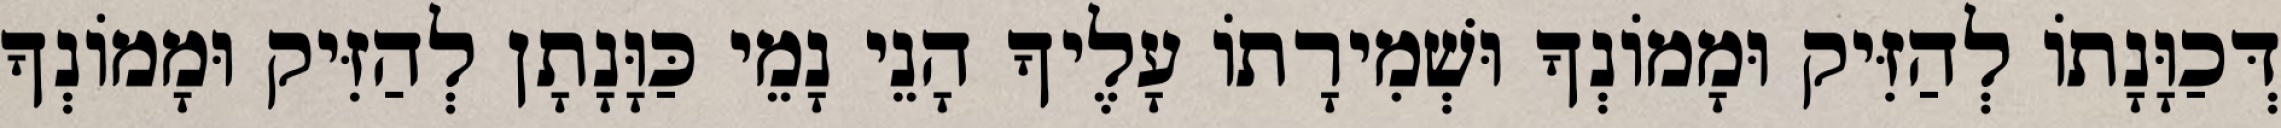
דְּכַוָּנָתוֹ לְהַזִּיק וּמָמוֹנְךָ וּשְׁמִירָתוֹ עָלֶיךָ הָנֵי נָמֵי כַּוָּנָתָן לְהַזִּיק וּמָמוֹנְךָ